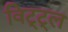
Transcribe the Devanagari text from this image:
विट्ट्ल